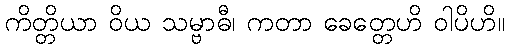
ကိတ္တိယာ ဝိယ သမ္ဗာဓီ၊ ကတာ ခေတ္တေဟိ ဝါပိဟိ။